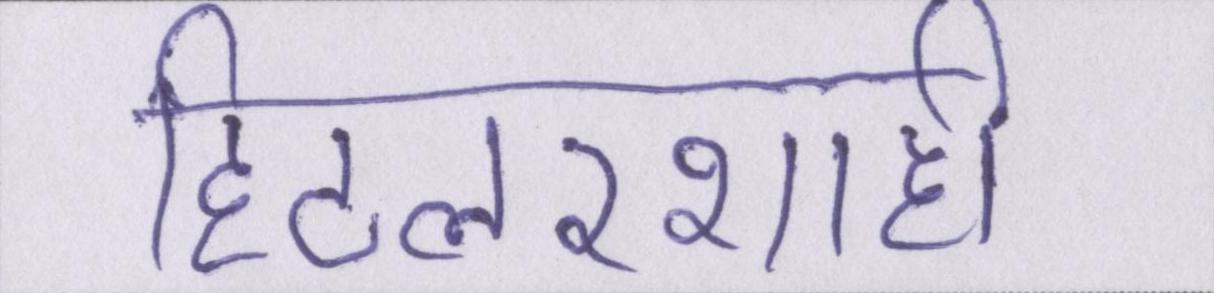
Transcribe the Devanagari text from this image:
हिटलरशाही